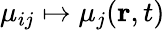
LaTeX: \mu_{ij}\mapsto\mu_{j}(\mathbf{r},t)